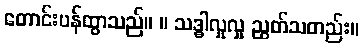
တောင်းပန်ထွာသည်။ ။ သဒ္ဓါလှုလှု ညွတ်သတည်း။